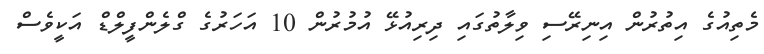
މެތިއުގެ އިތުރުން އިނިރޭސި ވިލާތުގައި ދިރިއުޅޭ އުމުރުން 10 އަހަރުގެ ގްލެންފީލްޑް އަކީވެސް